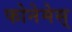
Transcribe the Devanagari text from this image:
फोनेमेस्